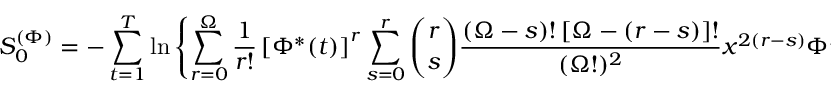
S _ { 0 } ^ { ( \Phi ) } = - \sum _ { t = 1 } ^ { T } \ln \left\{ \sum _ { r = 0 } ^ { \Omega } \frac { 1 } { r ! } \left[ \Phi ^ { * } ( t ) \right] ^ { r } \sum _ { s = 0 } ^ { r } { \binom { r } { s } } \frac { ( \Omega - s ) ! \left[ \Omega - ( r - s ) \right] ! } { ( \Omega ! ) ^ { 2 } } x ^ { 2 ( r - s ) } \Phi ^ { s } ( t ) \Phi ^ { r - s } ( t - 1 ) \right\} \ .